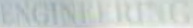
ENGINEERING